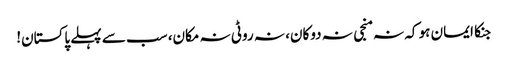
جنکا ایمان ہو کہ نہ منجی نہ دوکان، نہ روٹی نہ مکان، سب سے پہلے پاکستان!